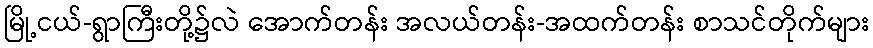
မြို့ငယ်-ရွာကြီးတို့၌လဲ အောက်တန်း အလယ်တန်း-အထက်တန်း စာသင်တိုက်များ